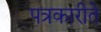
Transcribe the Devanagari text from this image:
पत्रकारीते